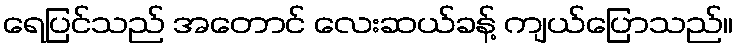
ရေပြင်သည် အတောင် လေးဆယ်ခန့် ကျယ်ပြောသည်။